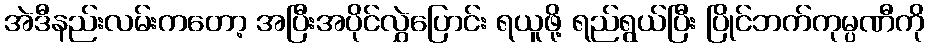
အဲဒီနည်းလမ်းကတော့ အပြီးအပိုင်လွှဲပြောင်း ရယူဖို့ ရည်ရွယ်ပြီး ပြိုင်ဘက်ကုမ္ပဏီကို